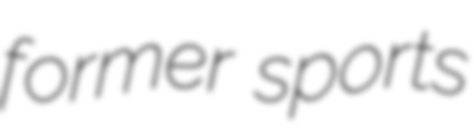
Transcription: former sports